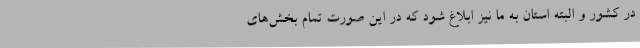
در کشور و البته استان به ما نیز ابلاغ شود که در این صورت تمام بخش‌های